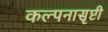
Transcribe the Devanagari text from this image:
कल्पनासृष्टी